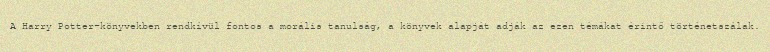
A Harry Potter-könyvekben rendkívül fontos a morális tanulság, a könyvek alapját adják az ezen témákat érintő történetszálak.